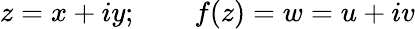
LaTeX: z=x+iy;\qquad f(z)=w=u+iv